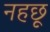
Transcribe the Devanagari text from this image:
नहछू